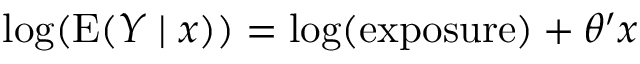
\log ( \operatorname { E } ( Y \mid x ) ) = \log ( { \mathrm { e x p o s u r e } } ) + \theta ^ { \prime } x